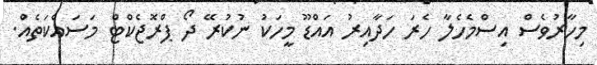
މިހާރުވެސް އިސްމެހެލާ ހެރަ ހަދާއިރު އައްޑޫ މީހަކު ނުކުރޭ ދޯ ޕްރޮޖެކްޓް މަސައްކަތެއް.